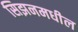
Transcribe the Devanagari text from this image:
सिझनमधील